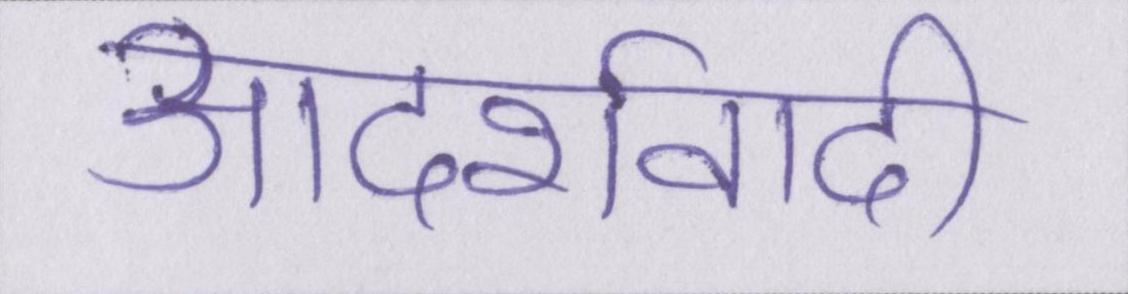
आदर्शवादी